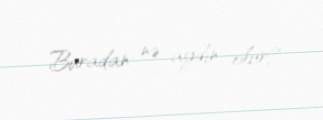
Buradan nə aydın olur?.